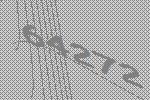
64272